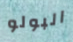
البولو